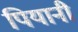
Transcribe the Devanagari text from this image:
पियानी